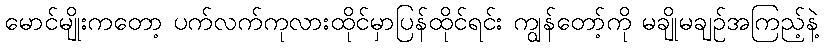
မောင်မျိုးကတော့ ပက်လက်ကုလားထိုင်မှာပြန်ထိုင်ရင်း ကျွန်တော့်ကို မချိုမချဉ်အကြည့်နဲ့